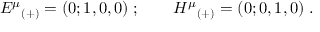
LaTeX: { E ^ { \mu } } _ { ( + ) } = ( 0 ; 1 , 0 , 0 ) \; ; \qquad { H ^ { \mu } } _ { ( + ) } = ( 0 ; 0 , 1 , 0 ) \; .